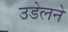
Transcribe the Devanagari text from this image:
उडेलने